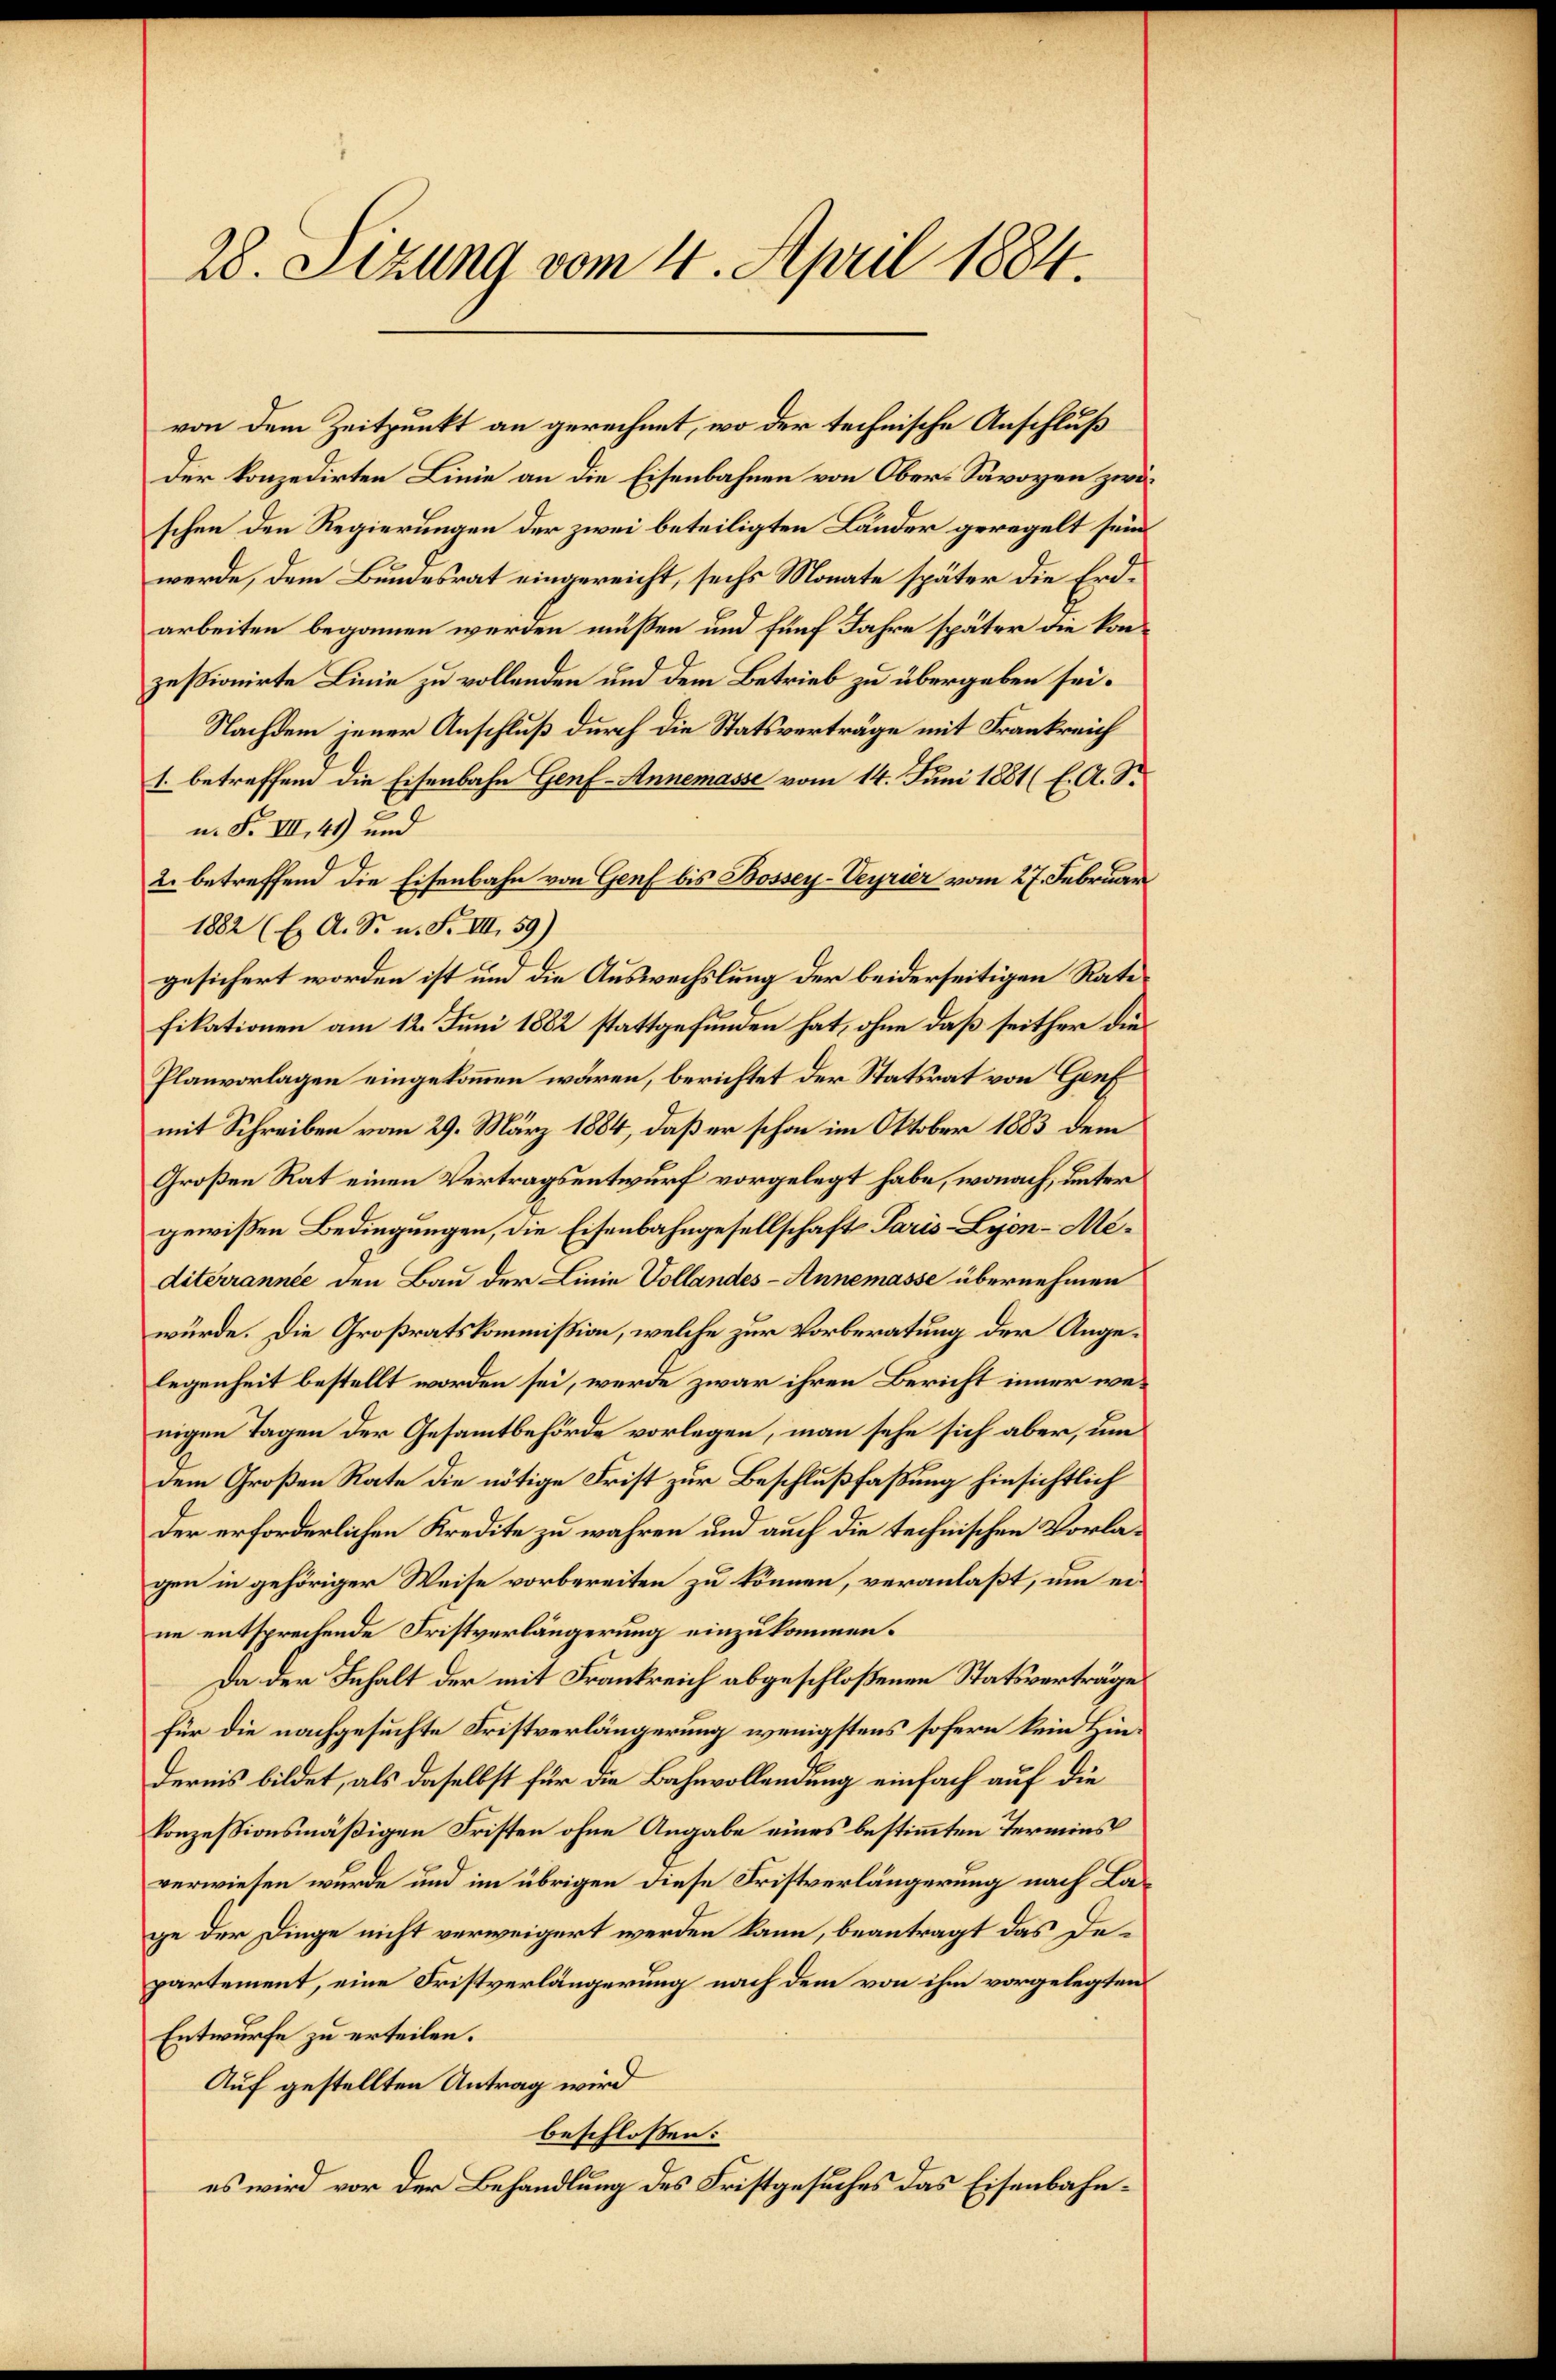
28. Sizung vom 4. April 1884.

von dem Zeitpunkt an gerechnet, wo der technische Anschluß
der konzedirten Linie an die Eisenbahnen von Ober-Savoyen zwöschen den Regierungen der zwei beteiligten Länder geregelt sein
werde, dem Bundesrat eingereicht, sechs Monate später die Erdarbeiten begonnen werden müssen und fünf Jahre später die konzessionirte Linie zu vollenden und dem Betrieb zu übergeben sei.
Nachdem jener Anschluß durch die Statsverträge mit Frankreich
1. betreffend die Eisenbahn Genf-Annemasse vom 14. Juni 1881 (E. A. S.
n. F. VII, 41) und
2. betreffend die Eisenbahn von Genf bis Bossey-Veyrier vom 27. Februar
1882 (E A. Sr. n. F. III 59)
gesichert worden ist und die Auswechslung der beiderseitigen Rate
fikationen am 12. Juni 1882 stattgefunden hat, ohne daß seither die¬
Planvorlagen eingekommen wären, berichtet der Statsrat von Genf
mit Schreiben vom 29. März 1884, daß er schon im Oktober 1883 dem
Großen Rat einen Vertragsentwurf vorgelegt habe, wonach, unter
gewißen Bedingungen, die Eisenbahngesellschaft Paris - Lyon-Mediterrannée den Bau der Linie Vollandes- Annemasse übernehmen
würde. Die Großratskommißion, welche zur Vorberatung der Angelegenheit bestellt worden sei, werde zwar ihren Bericht inner wenigen Tagen der Gesammtbehörde vorlegen, man sehe sich aber, um
dem Großen Rate die nötige Frist zur Beschlußfaßung hinsichtlich
Der erforderlichen Kredite zu wahren und auch die technischen Vorlagen in gehöriger Weise vorbereiten zu können, veranlaßt, um eine entsprechende Fristverlängerung einzukommen.
Da der Inhalt der mit Frankreich abgeschloßenen Statsverträge
für die nachgesuchte Fristverlängerung wenigstens sofern kein Hindernis bildet, als daselbst für die Bahnvollendung einfach auf die
konzessionsmäßigen Fristen ohne Angabe eines bestimmten Termins
verwiesen wurde und im übrigen diese Fristverlängerung nach Lage der Dinge nicht verweigert werden kann, beantragt das Departement, eine Fristverlängerung nach dem von ihm vorgelegten
Entwurfe zu erteilen.
Auf gestellten Antrag wird
beschlossen:
es wird vor der Behandlung des Fristgesuches das Eisenbahn¬